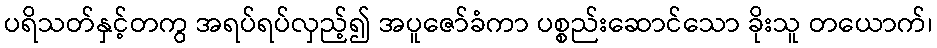
ပရိသတ်နှင့်တကွ အရပ်ရပ်လှည့်၍ အပူဇော်ခံကာ ပစ္စည်းဆောင်သော ခိုးသူ တယောက်၊